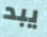
يبد